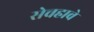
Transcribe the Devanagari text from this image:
सेचहावे